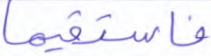
فاستقيما